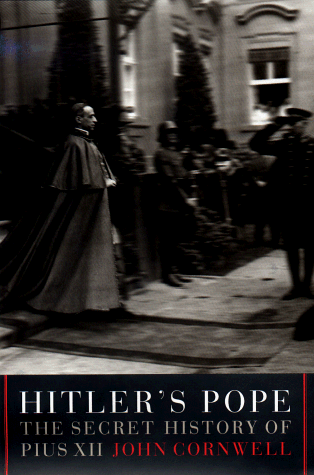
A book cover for Hitler's Pope: The Secret History of Pius XII; John Cornwell; Biographies & Memoirs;